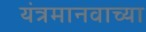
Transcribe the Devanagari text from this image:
यंत्रमानवाच्या